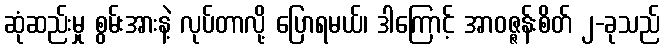
ဆုံဆည်းမှု စွမ်းအားနဲ့ လုပ်တာလို့ ပြောရမယ်၊ ဒါကြောင့် အာဝဇ္ဇန်းစိတ် ၂-ခုသည်